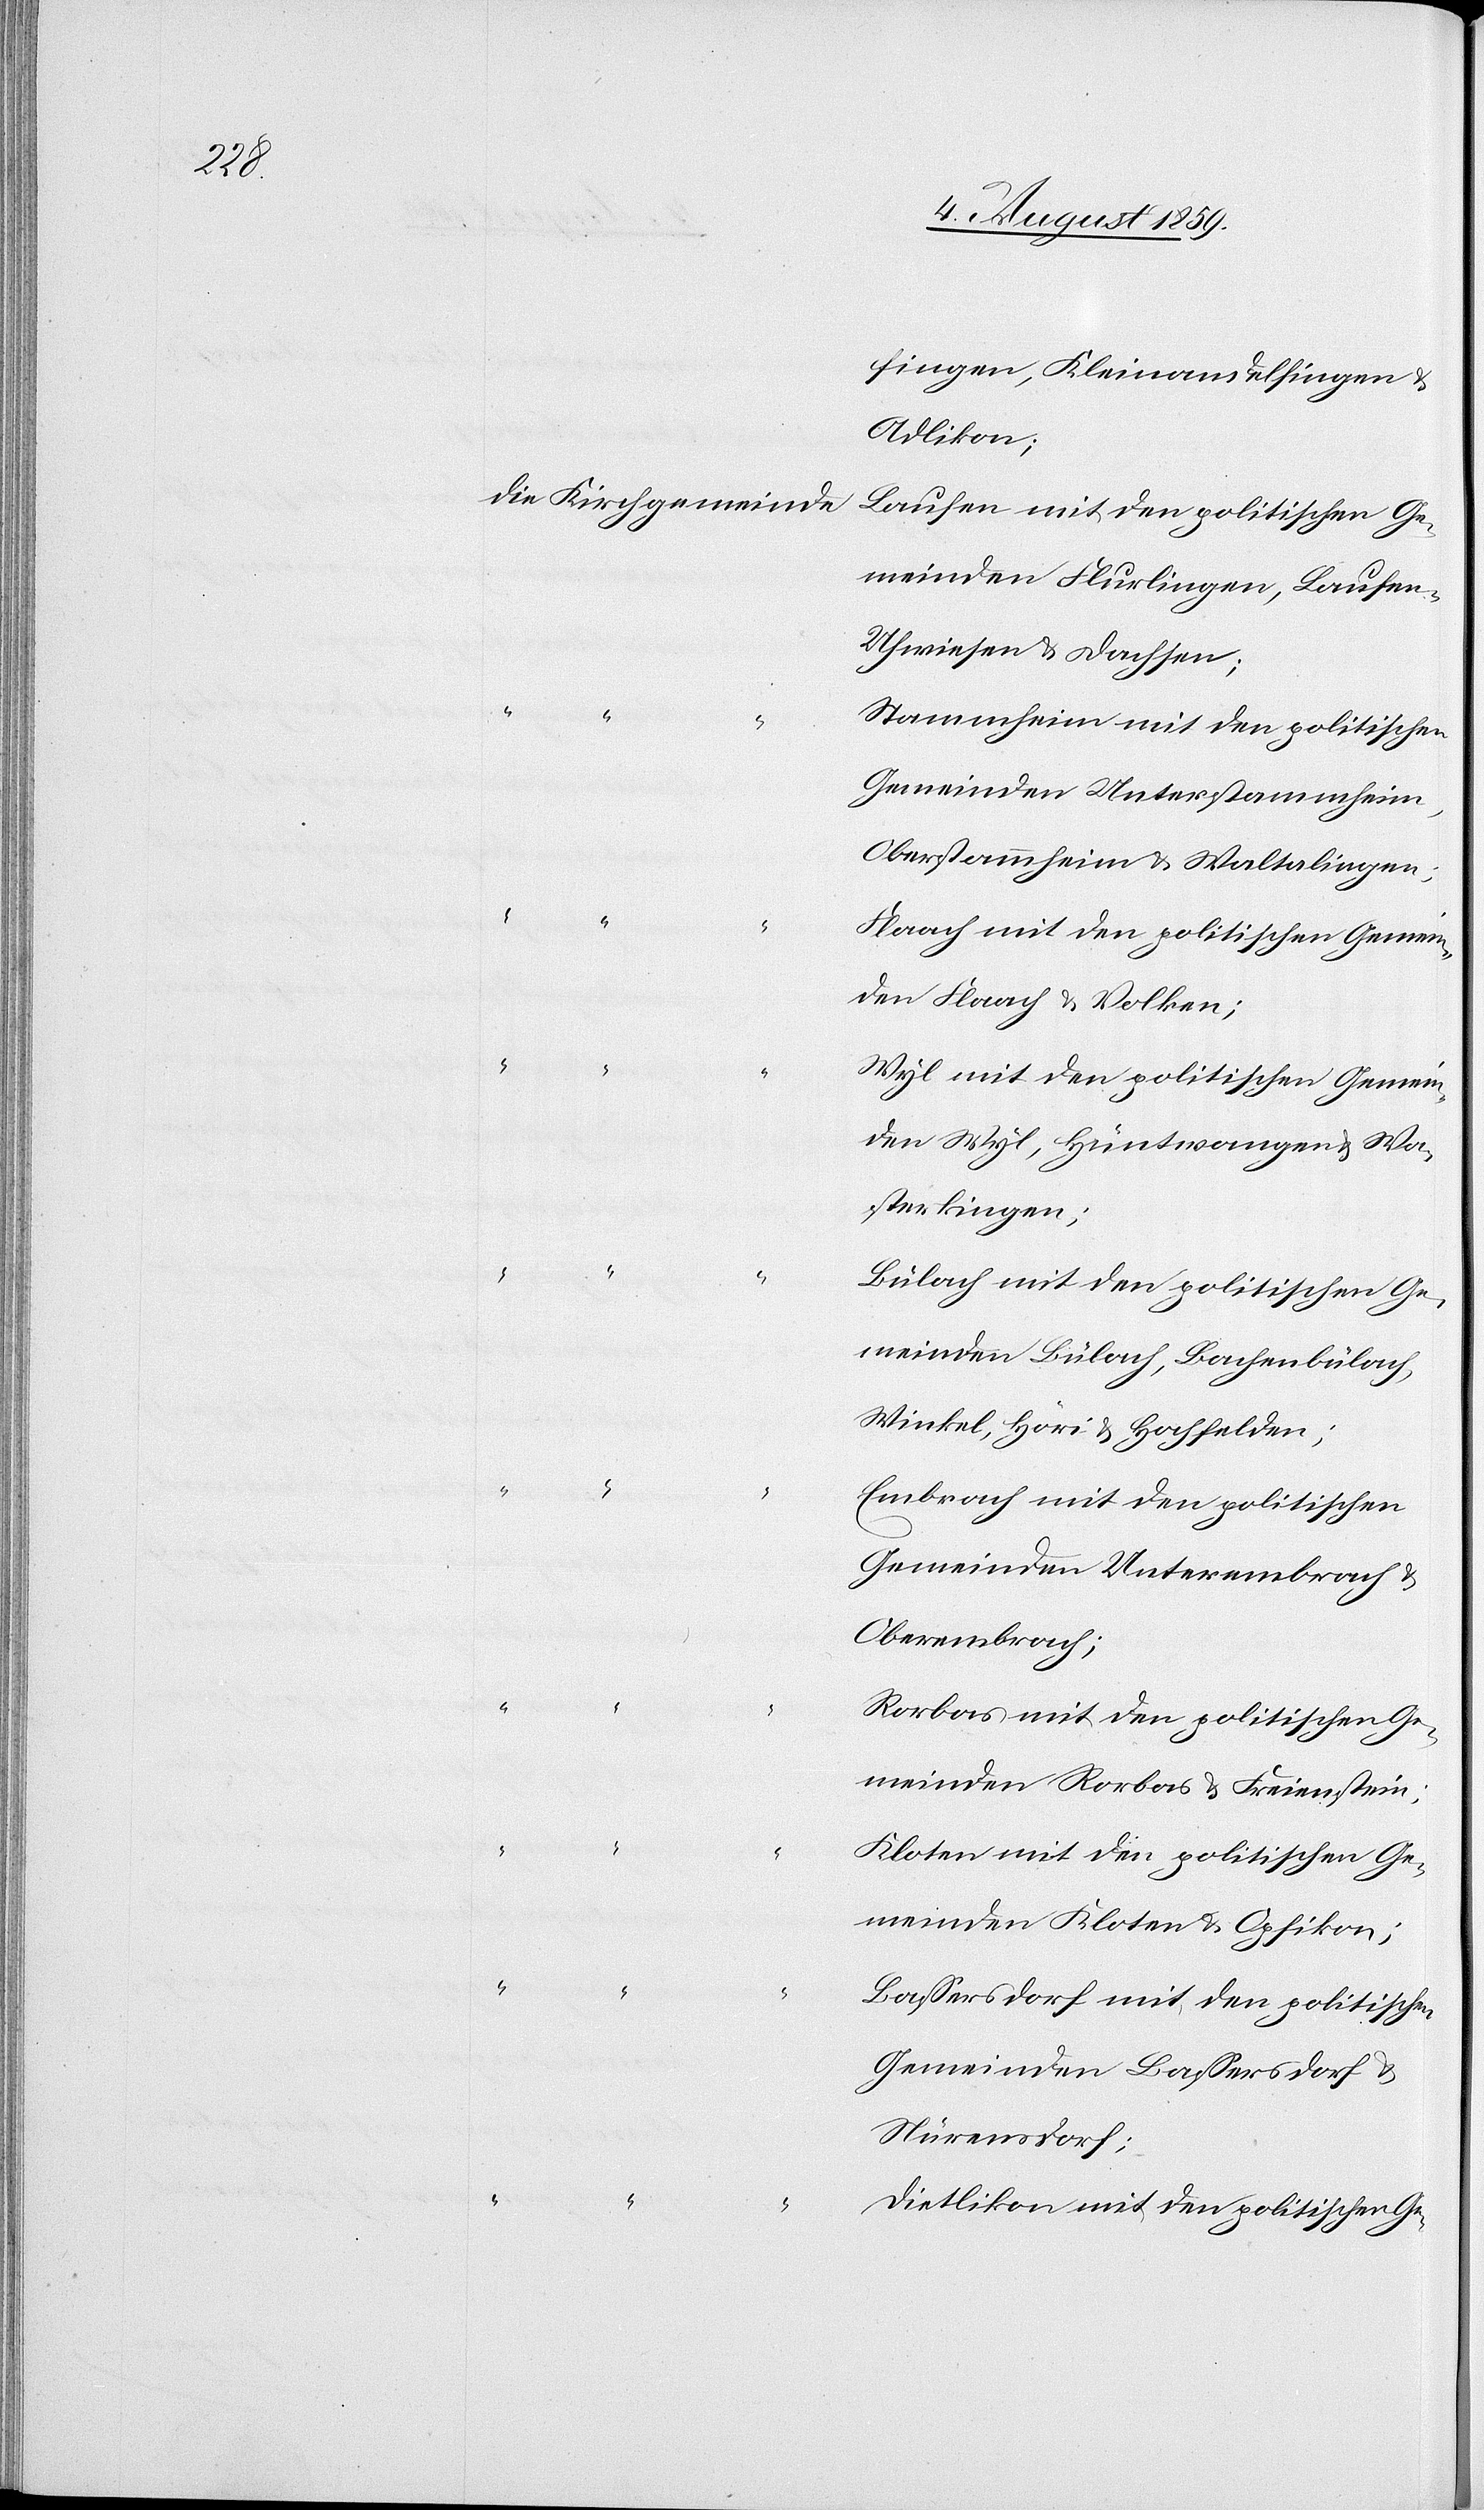
Gemein¬

fingen, Kleinandelfingen u.
Adlikon,
Laufen mit den politischen Ge¬
meinden Flurlingen, Laufen-U¬
hwiesen u. Dachsen;
Stammheim mit den politischen
den Flaach u. Volken;
Wyl mit den politischen Gemein¬
den Wyl, Hüntwangen u. Wa¬
sterkingen;
Bülach mit den politischen Ge¬
meinden Bülach, Bachenbülach,
Winkel, Höri u. Hochfelden;
Embrach mit den politischen
Gemeinden Unterembrach u.
Oberembrach;
Rorbas mit den politischen Ge¬
meinden Rorbas u. Freienstein;
Kloten mit den politischen Ge¬
meinden Kloten u. Opfikon;
Bassersdorf mit den politischen
Gemeinden Bassersdorf u.
Nürensdorf;
Dietlikon mit den politischen Ge-